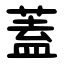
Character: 蓋